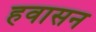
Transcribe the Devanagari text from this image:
हवासन